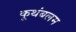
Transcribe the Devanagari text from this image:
कूथंबलम